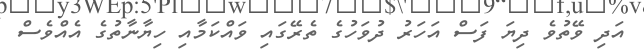
އަދި ވޭތުވެ ދިޔަ ފަސް އަހަރު ދުވަހުގެ ތެރޭގައި ވައްކަމާއި ހިޔާނާތުގެ އެއްވެސް